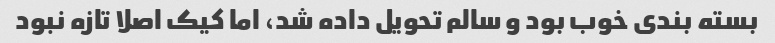
بسته بندی خوب بود و سالم تحویل داده شد، اما کیک اصلا تازه نبود